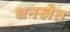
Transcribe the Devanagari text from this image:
धनखेत